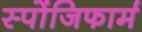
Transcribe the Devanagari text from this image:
स्पोंजिफार्म